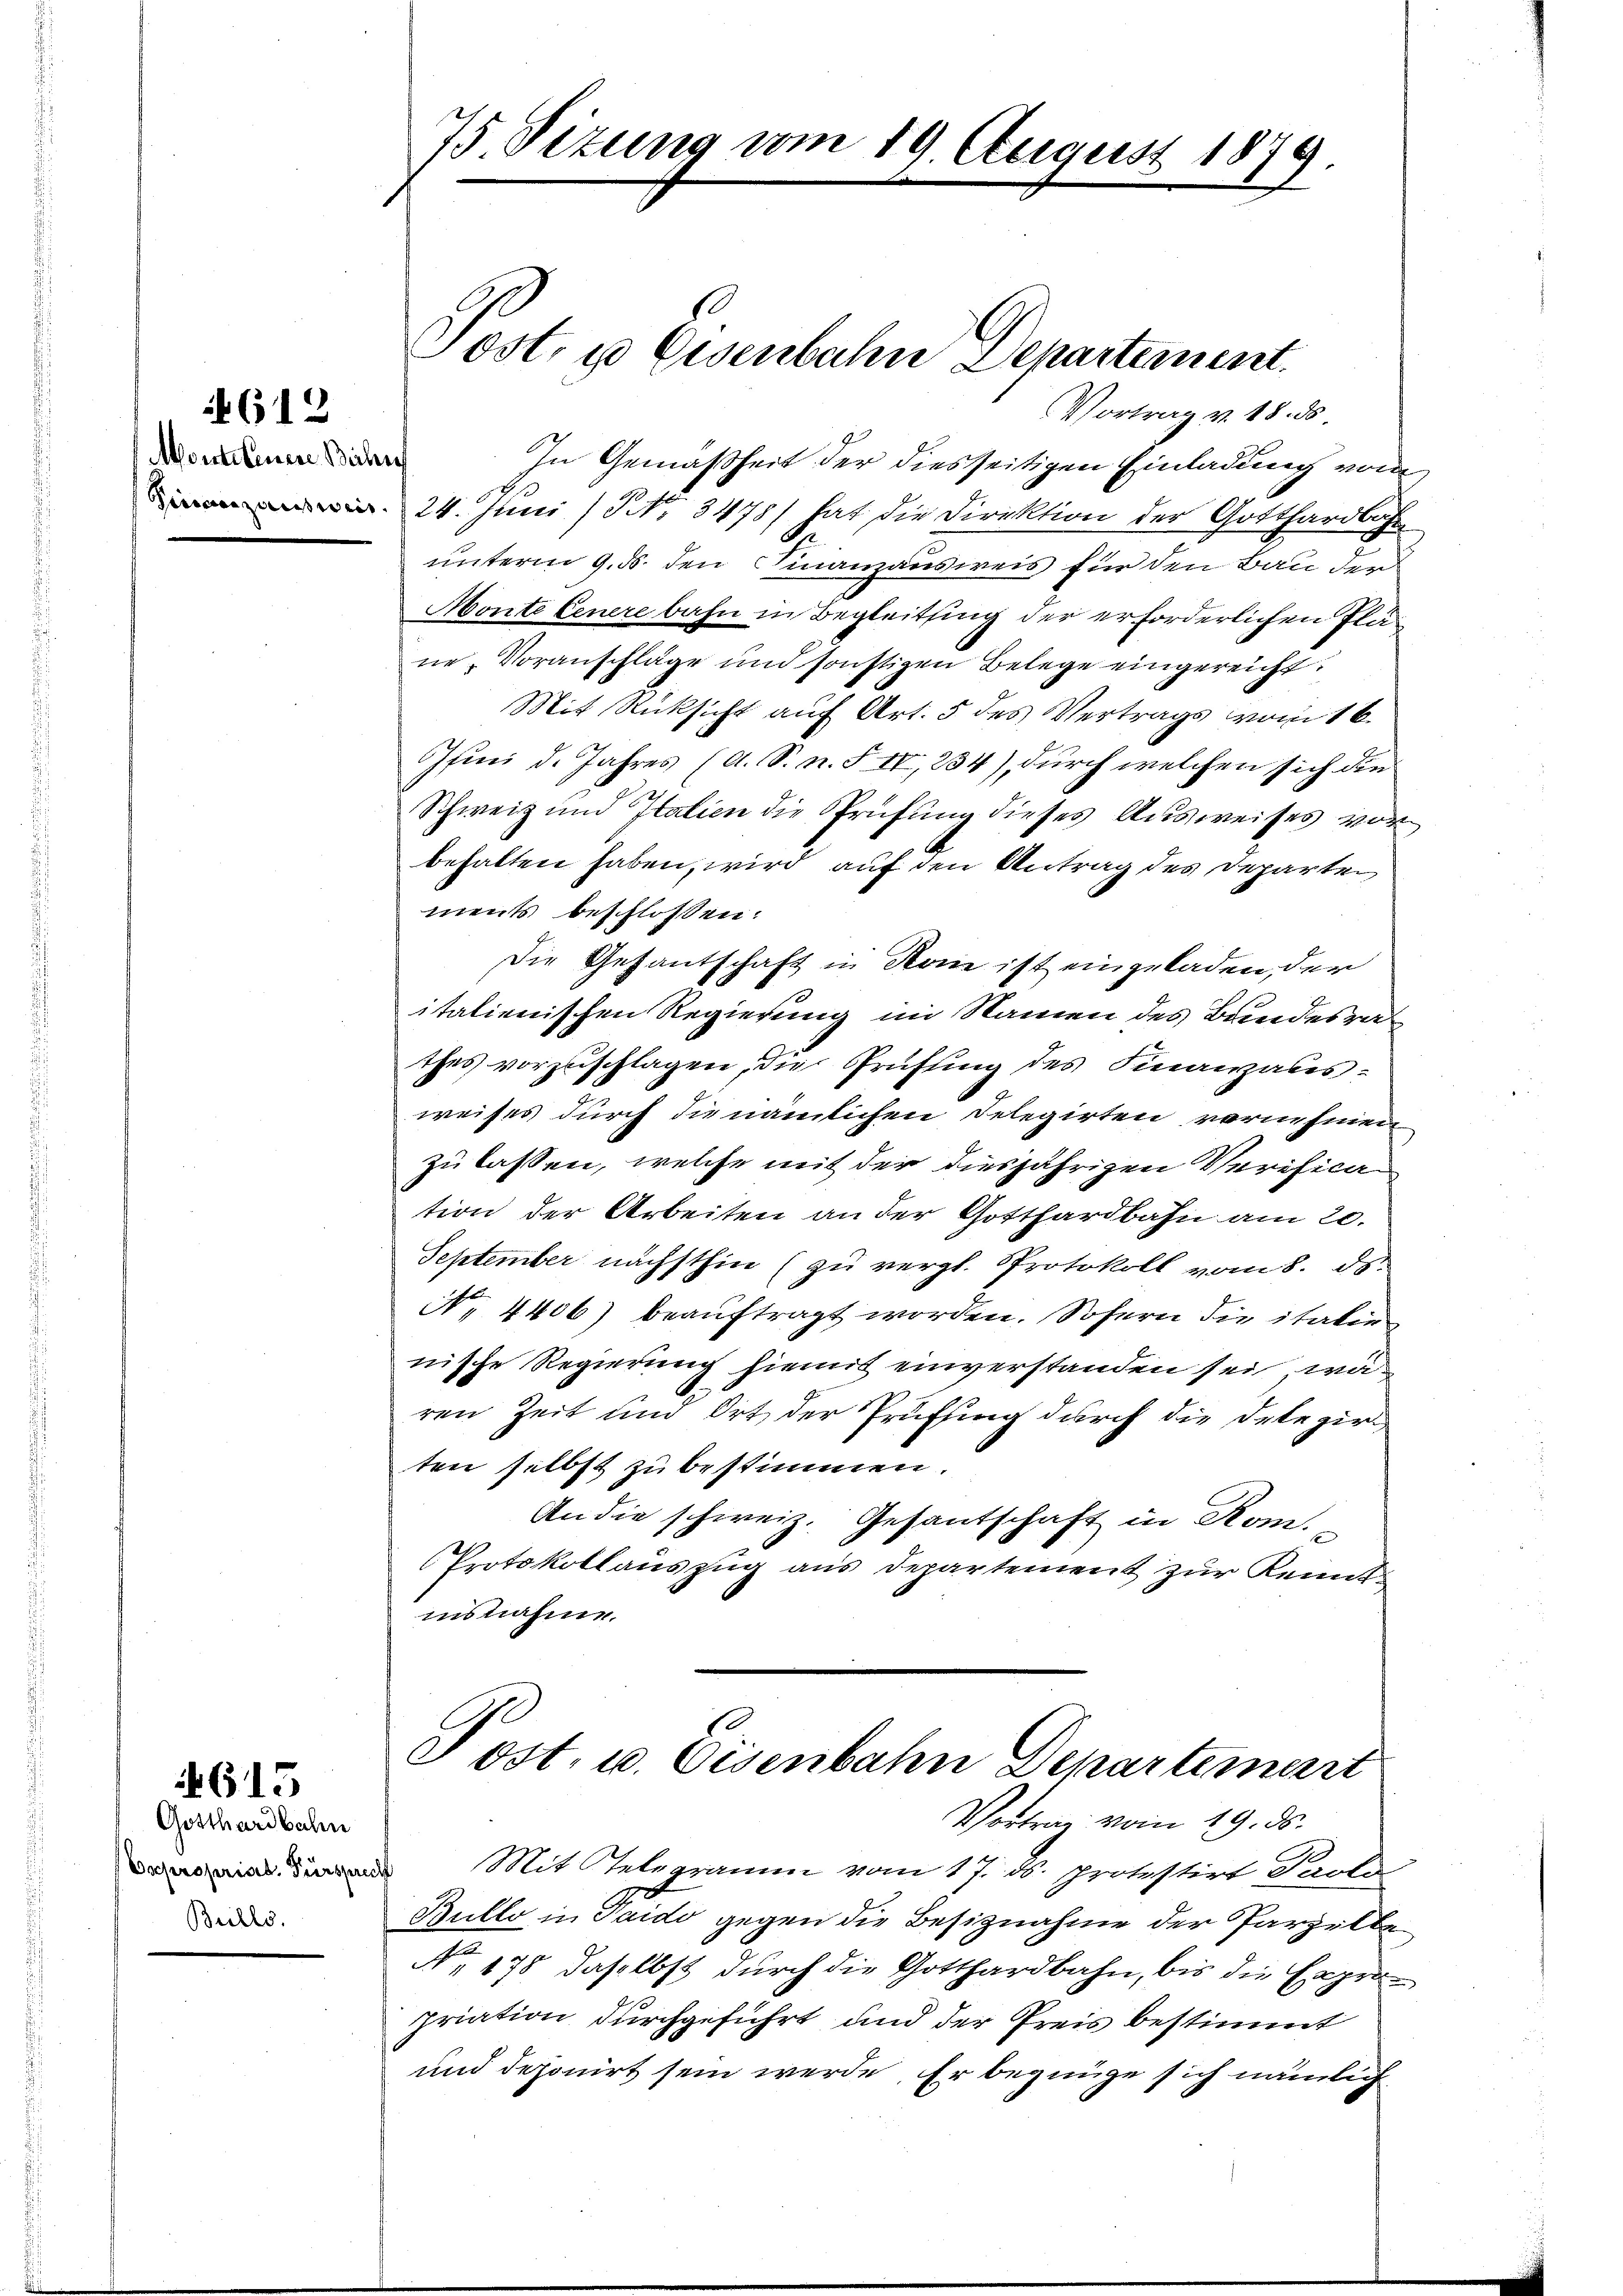
Montetenere Beiler

4612

615

Gotthardbahn
Copropriat. Fürsprech
Brillo

75 Sizung vom 19. August 1879.

Vortrag v. 18. ds
In Gemäßheit der diesseitigen Einladung vom
24. Juni (NNo. 3478) hat die Direktion der Gotthardbahn
unterm 9. ds. den Finanzausweis für den Bau der
Monte Genere bahn in Begleitsing der erforderlichen Pläne, Voranschlage und sonstigen Belege eingereicht.
Mit Rücksicht auf Art. 5 des Vertrags vom 16.
finni d. Jahres (A. S. n. F. IV, 234), durch welchen sich die
Schweiz und Italien die Prüfung dieses Ausweises vor
behalten haben, wird auf den Antrag des Departen
ments beschlossen:
Die Gesantschaft in Kan ist eingeladen, der
E
italienischen Regierung im Namen des Bandesrat
thes vorzuschlagen, die Prüfung des Finanzausweises durch die nämlichen Delegirten vornehmen
zu lassen, welche mit der diesjährigen Verification der Arbeiten an der Gotthardbahn am 20.
September nächsthin (zu vergl. Protokoll vom 8. ds.
No. 4406) beaŭftragt worden. Sofern die italien
nische Regierung hiemit einverstanden sei, wa
ren Zeit und Ort der Prüfung durch die Detezirten selbst zu bestimmen.
An die schweiz. Gesantschaft in Rom.
Protokollauszug aus Departement zur Kenntinsnahme.

Post, u. Eisenbahn Departement.

.
Post. u. Eisenbahn Departement
Vortrag vom 19. ds.

Mit Telegramm vom 17. ds. protestirt Paola
Bullo in Taido gegen die Besiznahme der Parzella¬
N. 178 daselbst durch die Gotthardbahn, bis die Expropriation durchgeführt und der Preis bestimmt
und deponirt sein werde. Er begnüge sich nämlich